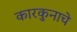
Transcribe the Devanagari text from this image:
कारकुनाचे